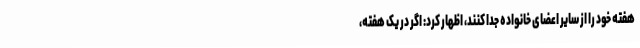
هفته خود را از سایر اعضای خانواده جدا کنند، اظهار کرد: اگر در یک هفته،